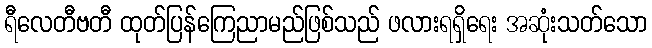
ရီလေတီဗတီ ထုတ်ပြန်ကြေညာမည်ဖြစ်သည် ဖလားရရှိရေး အဆုံးသတ်သော